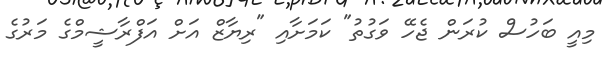
މިއީ ބަހުސް ކުރަން ޖެހޭ ވަގުތު" ކަމަށާއި "ރިޔާޒް އަށް އަފްރާޝީމްގެ މަރުގެ